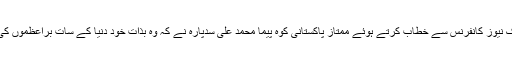
پیر کو یہاں نیشنل سپورٹس کمپلکس میں ایک نیوز کانفرنس سے خطاب کرتے ہوئے ممتاز پاکستانی کوہ پیما محمد علی سدپارہ نے کہ وہ بذات خود دنیا کے سات براعظموں کی 7 چوٹیاں سر کرنے کا اعزاز رکھتے ہیں۔